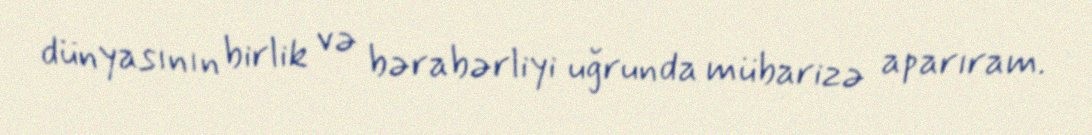
dünyasının birlik və bərabərliyi uğrunda mübarizə aparıram.